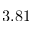
3 . 8 1